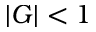
| G | < 1